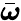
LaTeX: \bar{\boldsymbol{\omega}}